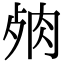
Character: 𦚛